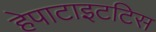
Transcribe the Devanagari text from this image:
हेपाटाइटटिस